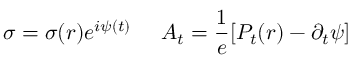
\sigma = \sigma ( r ) e ^ { i \psi ( t ) } \; \; \; \; \; A _ { t } = \frac { 1 } { e } [ P _ { t } ( r ) - \partial _ { t } \psi ]